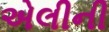
એલીની